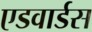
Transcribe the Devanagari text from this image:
एडवार्डस